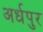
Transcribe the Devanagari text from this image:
अर्धपुर